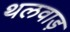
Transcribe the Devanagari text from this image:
थलवाड़